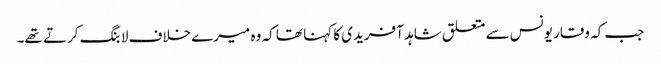
جب کہ وقار یونس سے متعلق شاہد آفریدی کا کہنا تھا کہ وہ میرے خلاف لابنگ کرتے تھے۔